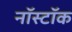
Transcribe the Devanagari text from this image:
नॉस्टॉक